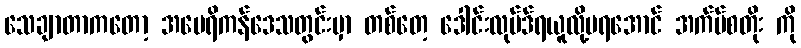
သေချာတာကတော့ အမေရိကန်ဒေသတွင်းမှာ တစ်တေ့ ဒေါင်းလုပ်ဒ်ရယူလို့မရအောင် အက်ပ်စတိုး ကို